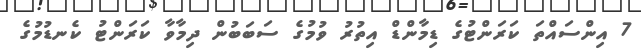
7 އިންސައްތަ ކަރަންޓުގެ ޑިމާންޑް އިތުރު ވުމުގެ ސަބަބުން ދިމާވާ ކަރަންޓު ކެނޑުމުގެ